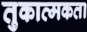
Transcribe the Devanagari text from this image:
तुकात्मकता